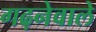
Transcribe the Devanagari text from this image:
गढ़नेवाले